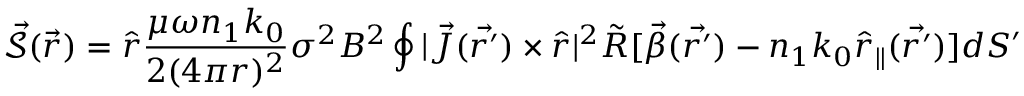
\mathcal { \vec { S } } ( \vec { r } ) = \hat { r } \frac { \mu \omega n _ { 1 } k _ { 0 } } { 2 ( 4 \pi r ) ^ { 2 } } \sigma ^ { 2 } B ^ { 2 } \oint | \vec { J } ( \vec { r ^ { \prime } } ) \times \hat { r } | ^ { 2 } \tilde { R } [ \vec { \beta } ( \vec { r ^ { \prime } } ) - n _ { 1 } k _ { 0 } \hat { r } _ { \| } ( \vec { r ^ { \prime } } ) ] d S ^ { \prime }